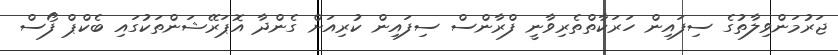
ޖަރުމަންވިލާތުގެ ސިފައިން ހަރަކާތްތެރިވާނީ ފްރާންސް ސިފައިން ކުރިއަށް ގެންދާ އޮޕަރޭޝަންތަކުގައި ބެކްޕް ފޯސް